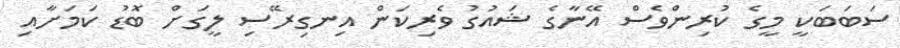
ސަބަބަކީ މީގެ ކުރިންވެސް އޭނާގެ ޝައުގު ވެރިކަން އިނގިރޭސި ލީގަށް ބޮޑު ކަމަށާއި